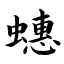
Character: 蟪